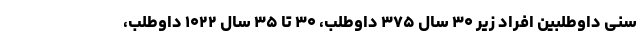
سنی داوطلبین افراد زیر ۳۰ سال ۳۷۵ داوطلب، ۳۰ تا ۳۵ سال ۱۰۲۲ داوطلب،